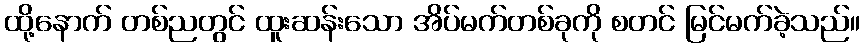
ထို့နောက် တစ်ညတွင် ထူးဆန်းသော အိပ်မက်တစ်ခုကို စတင် မြင်မက်ခဲ့သည်။